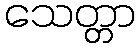
သေတ္တာ